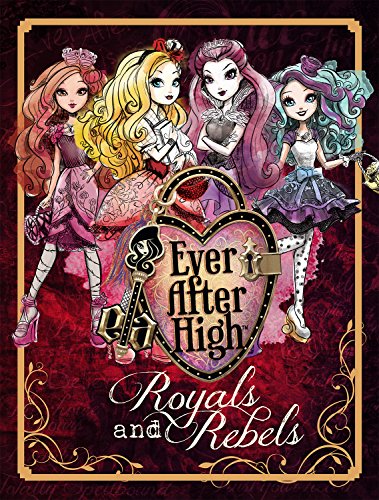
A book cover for Ever After High: Royals and Rebels; Parragon Books; Children's Books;